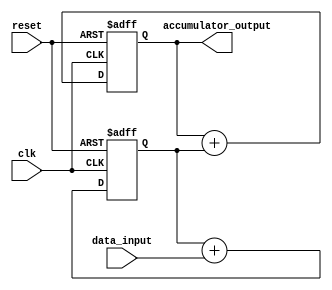
module cascaded_accumulator(
    input wire clk,
    input wire reset,
    input wire [7:0] data_input,
    output reg [15:0] accumulator_output
);

reg [15:0] accumulator_1;
reg [15:0] accumulator_2;

always @(posedge clk or posedge reset) begin
    if (reset) begin
        accumulator_1 <= 16'd0;
        accumulator_2 <= 16'd0;
    end else begin
        accumulator_1 <= accumulator_1 + data_input;
        accumulator_2 <= accumulator_2 + accumulator_1;
    end
end

assign accumulator_output = accumulator_2;

endmodule